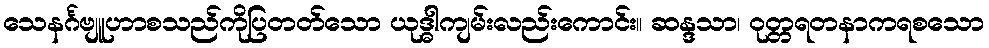
သေနင်္ဂဗျူဟာစသည်ကိုပြတတ်သော ယုဒ္ဓါကျမ်းလည်းကောင်း။ ဆန္ဒသာ၊ ဝုတ္တရတနာကရစသော